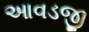
આવડજી